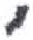
אות: י